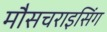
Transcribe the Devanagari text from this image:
मौसचराइसिंग